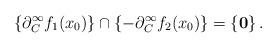
LaTeX: \begin{align*}\{\partial_C^\infty f_1(x_0) \} \cap \{-\partial_C^\infty f_2(x_0) \} = \{ \mathbf{0} \} \, .\end{align*}